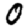
Digit: 0